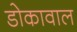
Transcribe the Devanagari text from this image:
डोकावाल